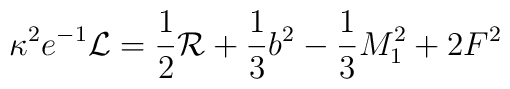
\kappa^{2}e^{-1}{\cal{L}} = \frac{1}{2}{\cal{R}}       + \frac{1}{3}b^2 - \frac{1}{3}M_{1}^{2} + 2F^{2}